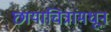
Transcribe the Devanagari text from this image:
छायाचित्रांमधून